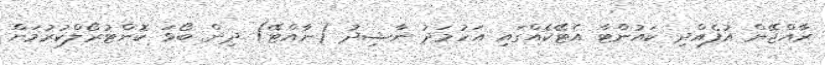
ރާއްޖޭން އުފެއްދި ކައުންޓާ އެޓޭކެއްގައި އަހުމަދު ނާޝިދު (ނާއްޓޭ) ދިން ބޯޅަ ކޮންޓުރޯލްކުރުމަށް